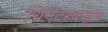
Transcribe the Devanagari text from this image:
थिएटरकडून